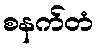
စနက်တံ